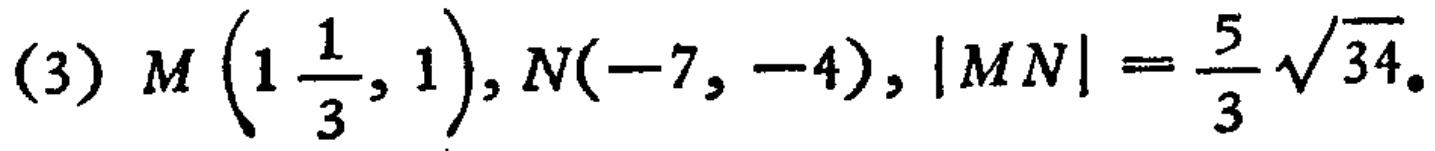
(3) \(M\left(1\frac{1}{3},1\right),N(-7,-4),|MN| = \frac{5}{3}\sqrt{34}\)